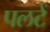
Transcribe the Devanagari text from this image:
पलटें